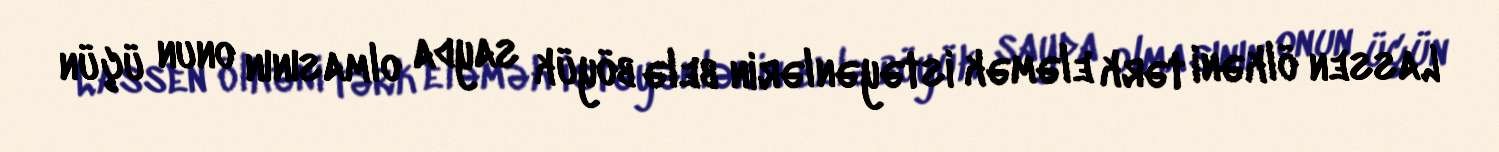
Lassen ölkəni tərk eləmək istəyənlərin belə böyük sayda olmasının onun üçün